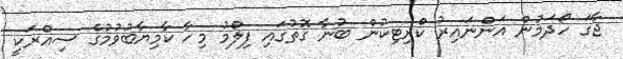
ޖާގަ ހޯދަމުން އަންނައިރު ކްރިޓިކުން ބުނާ ގޮތުގައި ފިލްމު މިހާ ކާމިޔާބުވުމުގެ ސިއްރަކީ